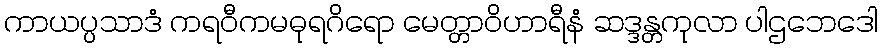
ကာယပ္ပသာဒံ ကရဝီကမဓုရဂိရော မေတ္တာဝိဟာရီနံ ဆဒ္ဒန္တကုလာ ပါဌဘေဒေါ